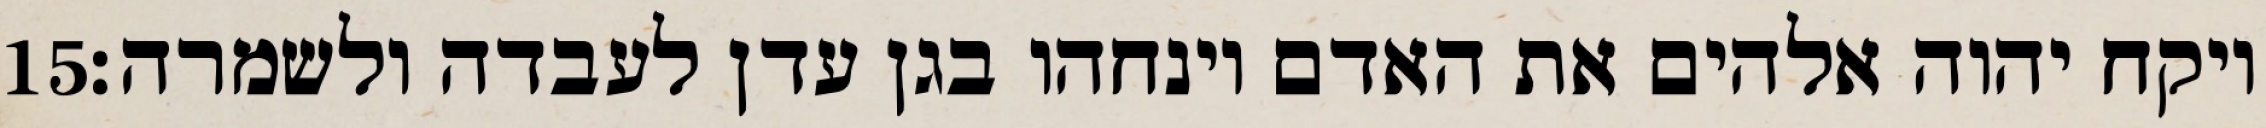
‎15‏ ויקח יהוה אלהים את האדם וינחהו בגן עדן לעבדה ולשמרה׃